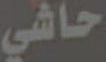
حاشي